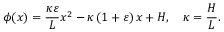
\phi ( x ) = \frac { \kappa \varepsilon } { L } x ^ { 2 } - \kappa \left( { 1 + \varepsilon } \right) x + H , \quad \kappa = \frac { H } { L } .